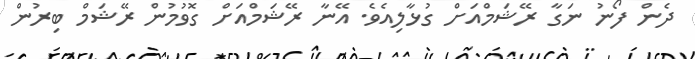
ދެން ފޯނު ނަގާ ރޭޝަމްއަށް ގުޅާލިއެވެ. އޭނާ ރޭޝަމްއަށް ގޮވުމުން ރޭޝަމް ބިރުން